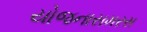
યોજનાસમરસ